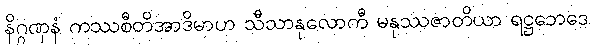
နိဂ္ဂဏှနံ ကဿစီတိအာဒိမာဟ သီသာနုလောကီ မနုဿဇာတိယာ ရဋ္ဌဘေဒေ